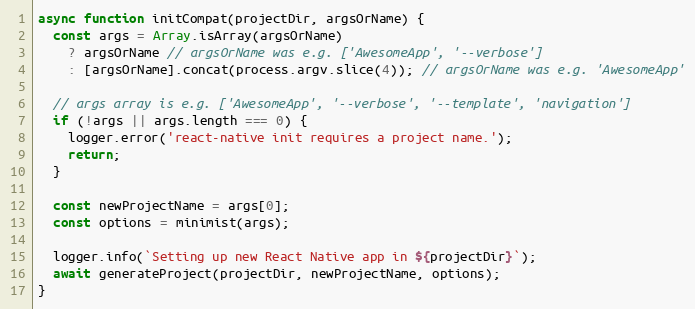
Language: JavaScript
async function initCompat(projectDir, argsOrName) {
  const args = Array.isArray(argsOrName)
    ? argsOrName // argsOrName was e.g. ['AwesomeApp', '--verbose']
    : [argsOrName].concat(process.argv.slice(4)); // argsOrName was e.g. 'AwesomeApp'

  // args array is e.g. ['AwesomeApp', '--verbose', '--template', 'navigation']
  if (!args || args.length === 0) {
    logger.error('react-native init requires a project name.');
    return;
  }

  const newProjectName = args[0];
  const options = minimist(args);

  logger.info(`Setting up new React Native app in ${projectDir}`);
  await generateProject(projectDir, newProjectName, options);
}